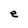
Character: e